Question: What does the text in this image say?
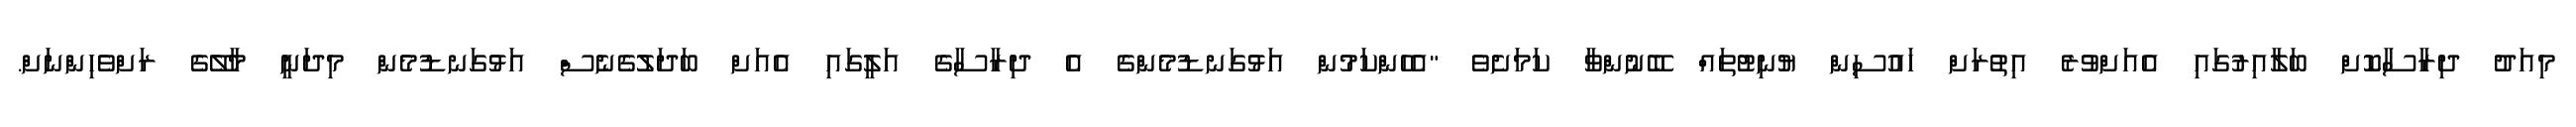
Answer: މިއަދު ދިރާސާކޮށް ބަލާއިރުގައި އެއަށްވުރެ އިތުރަށް ހައުސިން ޔުނިޓުތައް ބޭނުންވާ ކަމަށެވެ "އެހެންކަމުން އަޅުގަނޑުމެންގެ އެ ދިރާސާގެ އަލީގައި އެއަށް ބަދަލުގެނެސް އަޅުގަނޑުމެން މިދަނީ މާލޭގެ ރަށްވެހިންނަށް.